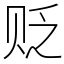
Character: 贬